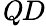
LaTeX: \mathit QD